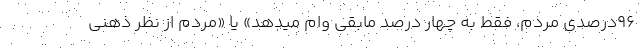
۹۶درصدی مردم، فقط به چهار درصد مابقی وام میدهد» یا «مردم از نظر ذهنی